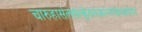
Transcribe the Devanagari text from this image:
चारुहासंलसत्कुंडलक्रान्तगंडस्थलांगम्‌